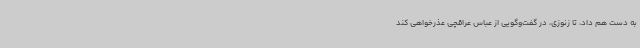
به دست هم داد، تا زنوزی، در گفت‌وگویی از عباس عراقچی عذرخواهی کند